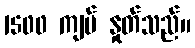
1500 ကျပ် နှုတ်သည်။